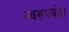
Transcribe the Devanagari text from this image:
स्वरूपबोध